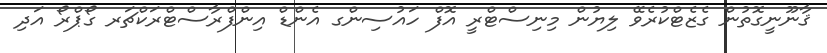
ޤާނޫނީގޮތުން ގެޒެޓްކުރެވޭ ލިޔުން މިނިސްޓްރީ އޮފް ހައުސިންގ އެންޑް އިންފްރާސްޓްރަކްޗަރ ގޯޕްރޯ އަދި